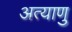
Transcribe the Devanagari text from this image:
अत्याणु